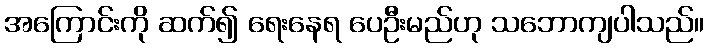
အကြောင်းကို ဆက်၍ ရေးနေရ ပေဦးမည်ဟု သဘောကျပါသည်။